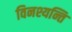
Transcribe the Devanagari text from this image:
विनश्यन्ति